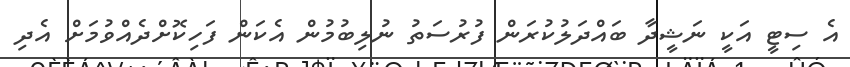
އެ ސިޓީ އަކީ ނަޝީދާ ބައްދަލުކުރަން ފުރުސަތު ނުލިބުމުން އެކަން ފަހިކޮށްދެއްވުމަށް އެދި